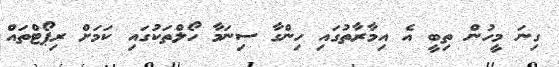
ގިނަ މީހުން ތިބީ އެ އިމާރާތުގައި ހިންގާ ސިނަމާ ހޯލްތަކުގައި ކަމަށް ރިޕޯޓްތައް